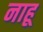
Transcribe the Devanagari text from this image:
नाहू